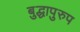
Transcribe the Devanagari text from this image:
बुद्धापुरुप